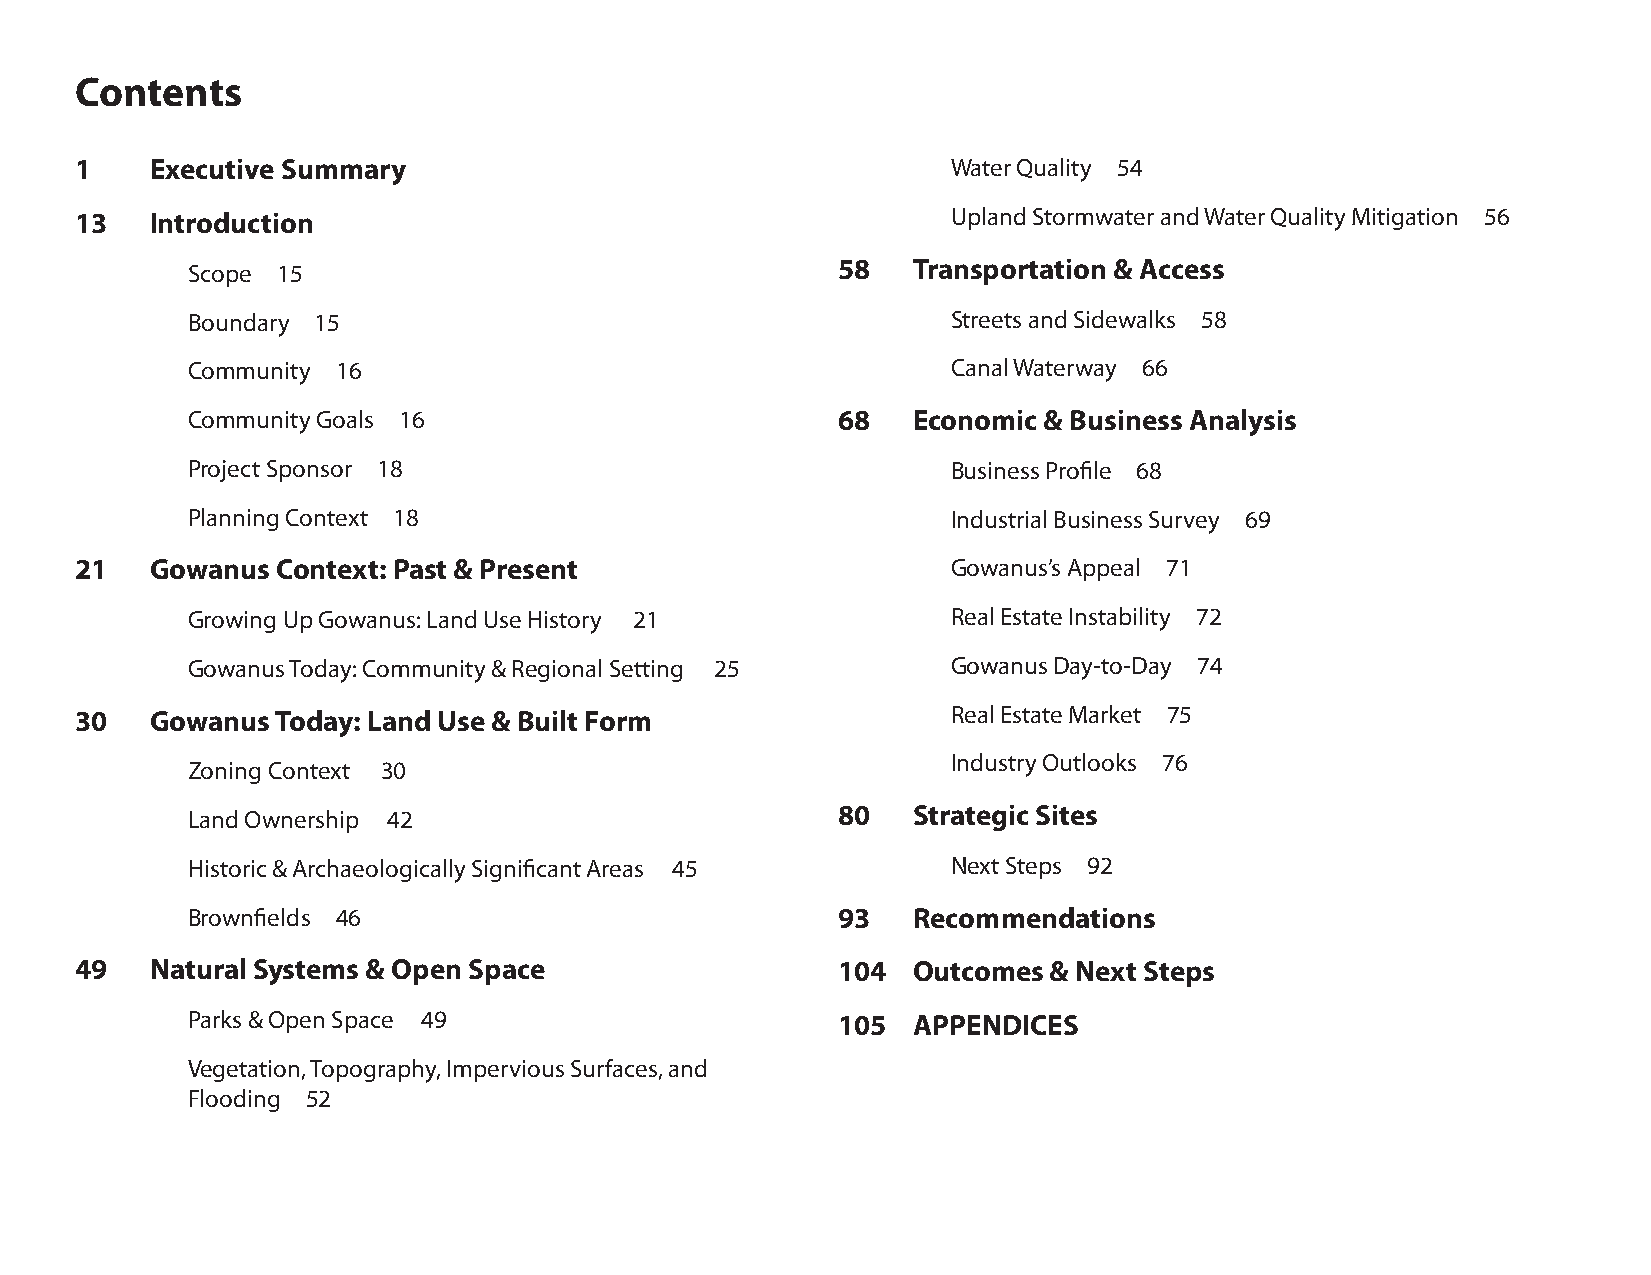
Contents
 1    Executive Summary                                    Water Quality 54
 13   Introduction                                         Upland Stormwater and Water Quality Mitigation 56
 Scope 15                                   58   Transportation & Access
 Boundary 15                                        Streets and Sidewalks 58
 Community 16                                       Canal Waterway 66
 Community Goals 16                         68   Economic & Business Analysis
 Project Sponsor 18                                 Business Profile 68
 Planning Context 18                                Industrial Business Survey 69
 21   Gowanus Context: Past & Present                      Gowanus’s Appeal 71
 Growing Up Gowanus: Land Use History 21            Real Estate Instability 72
 Gowanus Today: Community & Regional Setting 25     Gowanus Day-to-Day 74
 30   Gowanus Today: Land Use & Built Form                 Real Estate Market 75
 Industry Outlooks 76
 Zoning Context 30
 Land Ownership 42                          80   Strategic Sites
 Historic & Archaeologically Significant Areas 45   Next Steps 92
 Brownfields 46                             93   Recommendations
 49   Natural Systems & Open Space                 104  Outcomes  & Next Steps
 Parks & Open Space 49                      105  APPENDICES
 Vegetation, Topography, Impervious Surfaces, and
 Flooding 52